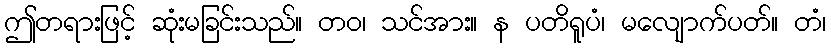
ဤတရားဖြင့် ဆုံးမခြင်းသည်။ တဝ၊ သင်အား။ န ပတိရူပံ၊ မလျောက်ပတ်။ တံ၊